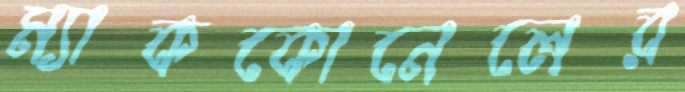
ম্যাককোনেলের